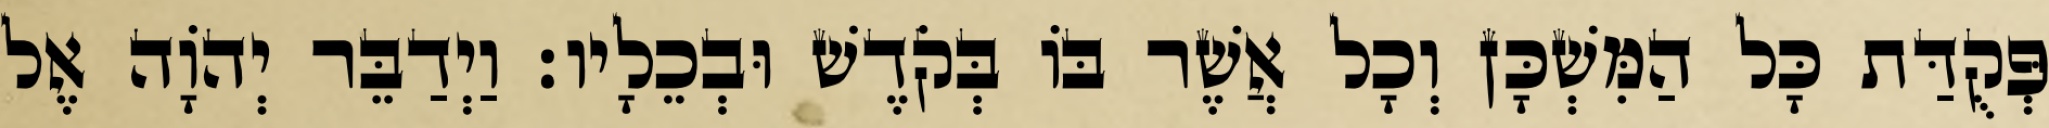
פְּקֻדַּת כָּל הַמִּשְׁכָּן וְכָל אֲשֶׁר בּוֹ בְּקֹדֶשׁ וּבְכֵלָיו׃ וַיְדַבֵּר יְהֹוָה אֶל